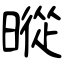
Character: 暰